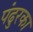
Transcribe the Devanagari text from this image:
पंढुरका